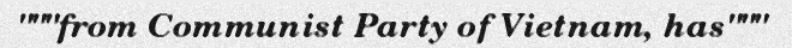
"""from Communist Party of Vietnam, has"""